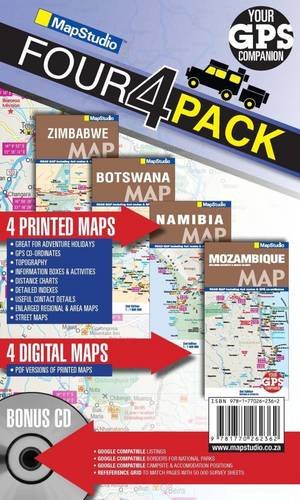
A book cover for Road Map 4x4 Pack: Mozambique, Zimbabwe, Botswana & Namibia; Map Studio; Travel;